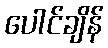
ပေါင်ချိန်